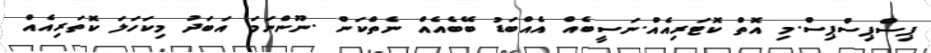
ޕިސްޕިސްޕިސް.މި އޮތް ކޮޓަރިއެއް.ނަސީބެއް އެއްބަޑު ބޭބެއެއް ނެތްކަން .ނޫންނަމަ އަބަދު މިކަހަލަ ކޮތަރިއެއް